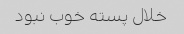
خلال پسته خوب نبود